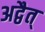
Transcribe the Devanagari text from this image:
अद्वैत्